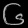
Digit: ၆